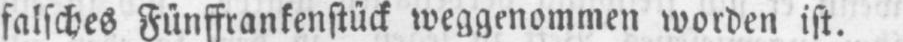
falsches Fünffrankenstück weggenommen worden ist.